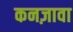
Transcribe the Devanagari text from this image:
कनज़ावा